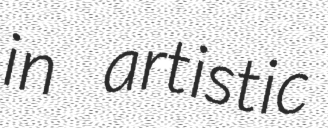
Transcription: in artistic